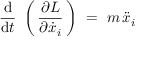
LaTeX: { \frac { \mathrm { d } } { \mathrm { d } t } } \ \left( \, { \frac { \partial L } { \partial { \dot { x } } _ { i } } } \, \right) \ = \ m \, { \ddot { x } } _ { i }